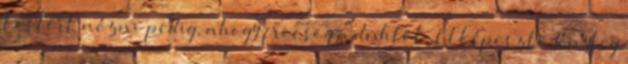
Fostert nézni pedig, ahogy fröcsög a dühtől. Elképesztő Tényleg